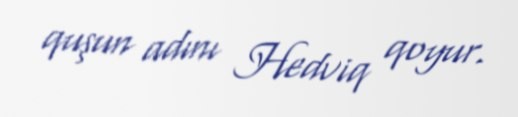
quşun adını Hedviq qoyur.